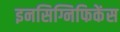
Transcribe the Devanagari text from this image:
इनसिग्निफिकेंस